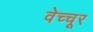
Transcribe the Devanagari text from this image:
वेच्चूर